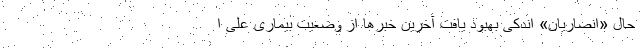
حال «انصاریان» اندکی بهبود یافت آخرین خبرها از وضعیت بیماری علی ا